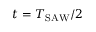
t = T _ { \mathrm { S A W } } / 2